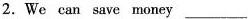
2.We can save money ___